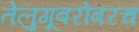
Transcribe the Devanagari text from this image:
तेलुगूबरोबरच